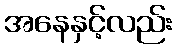
အနေနှင့်လည်း